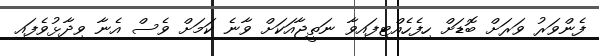
ފެންވަރު ވަރަށް ބޮޑަށް ހިފެހެއްޓިފައިވާ ނަތީޖާއަކަށް ވާނެ ކަމަށް ވެސް އެނާ ވިދާޅުވެފައި